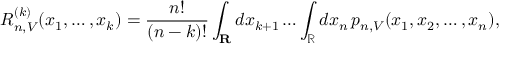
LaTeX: R _ { n , V } ^ { ( k ) } ( x _ { 1 } , \dots , x _ { k } ) = { \frac { n ! } { ( n - k ) ! } } \int _ { \mathbf { R } } d x _ { k + 1 } \dots \int _ { \mathbb { R } } d x _ { n } \, p _ { n , V } ( x _ { 1 } , x _ { 2 } , \dots , x _ { n } ) ,